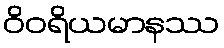
ဝိဝရိယမာနဿ